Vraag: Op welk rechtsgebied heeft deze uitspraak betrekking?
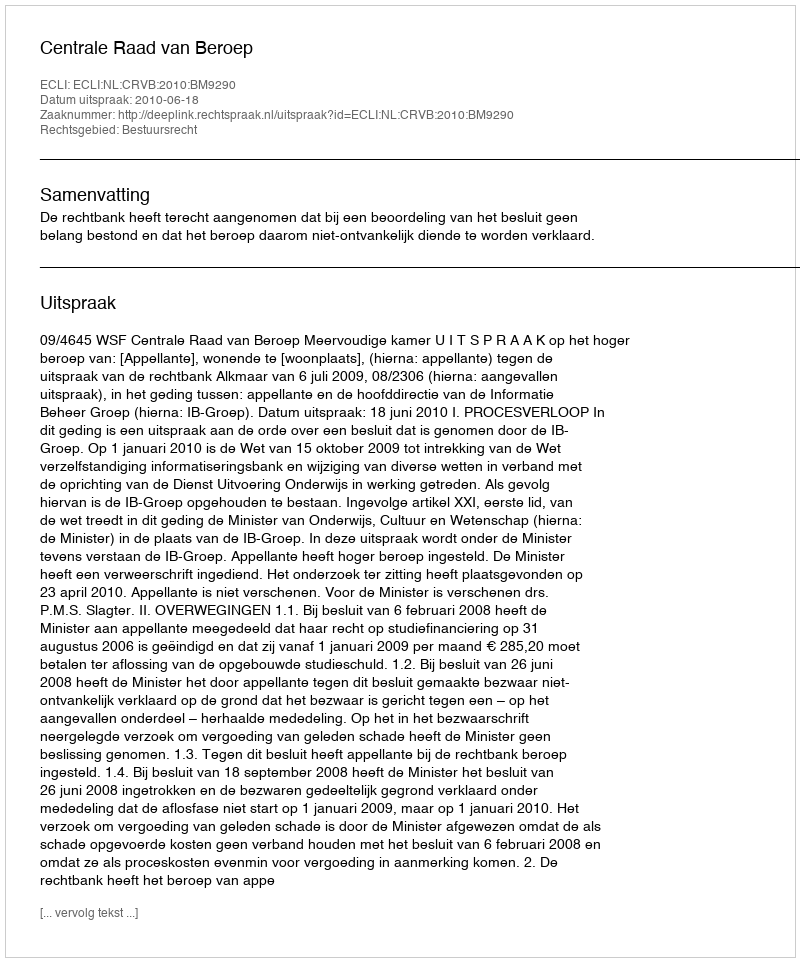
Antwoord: Bestuursrecht